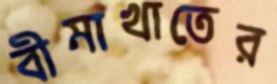
বীমাখাতের